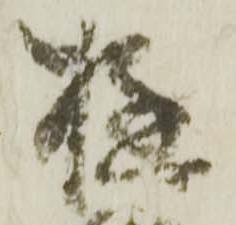
遊